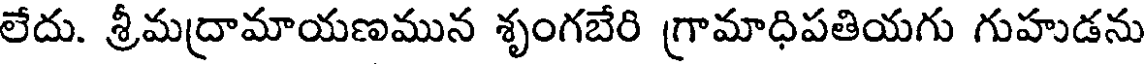
లేదు. శ్రీమద్రామాయణమున శృంగబేరి గ్రామాధిపతియగు గుహుడను